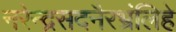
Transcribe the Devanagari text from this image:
नरेन्द्रसदनैरभ्रंलिहे